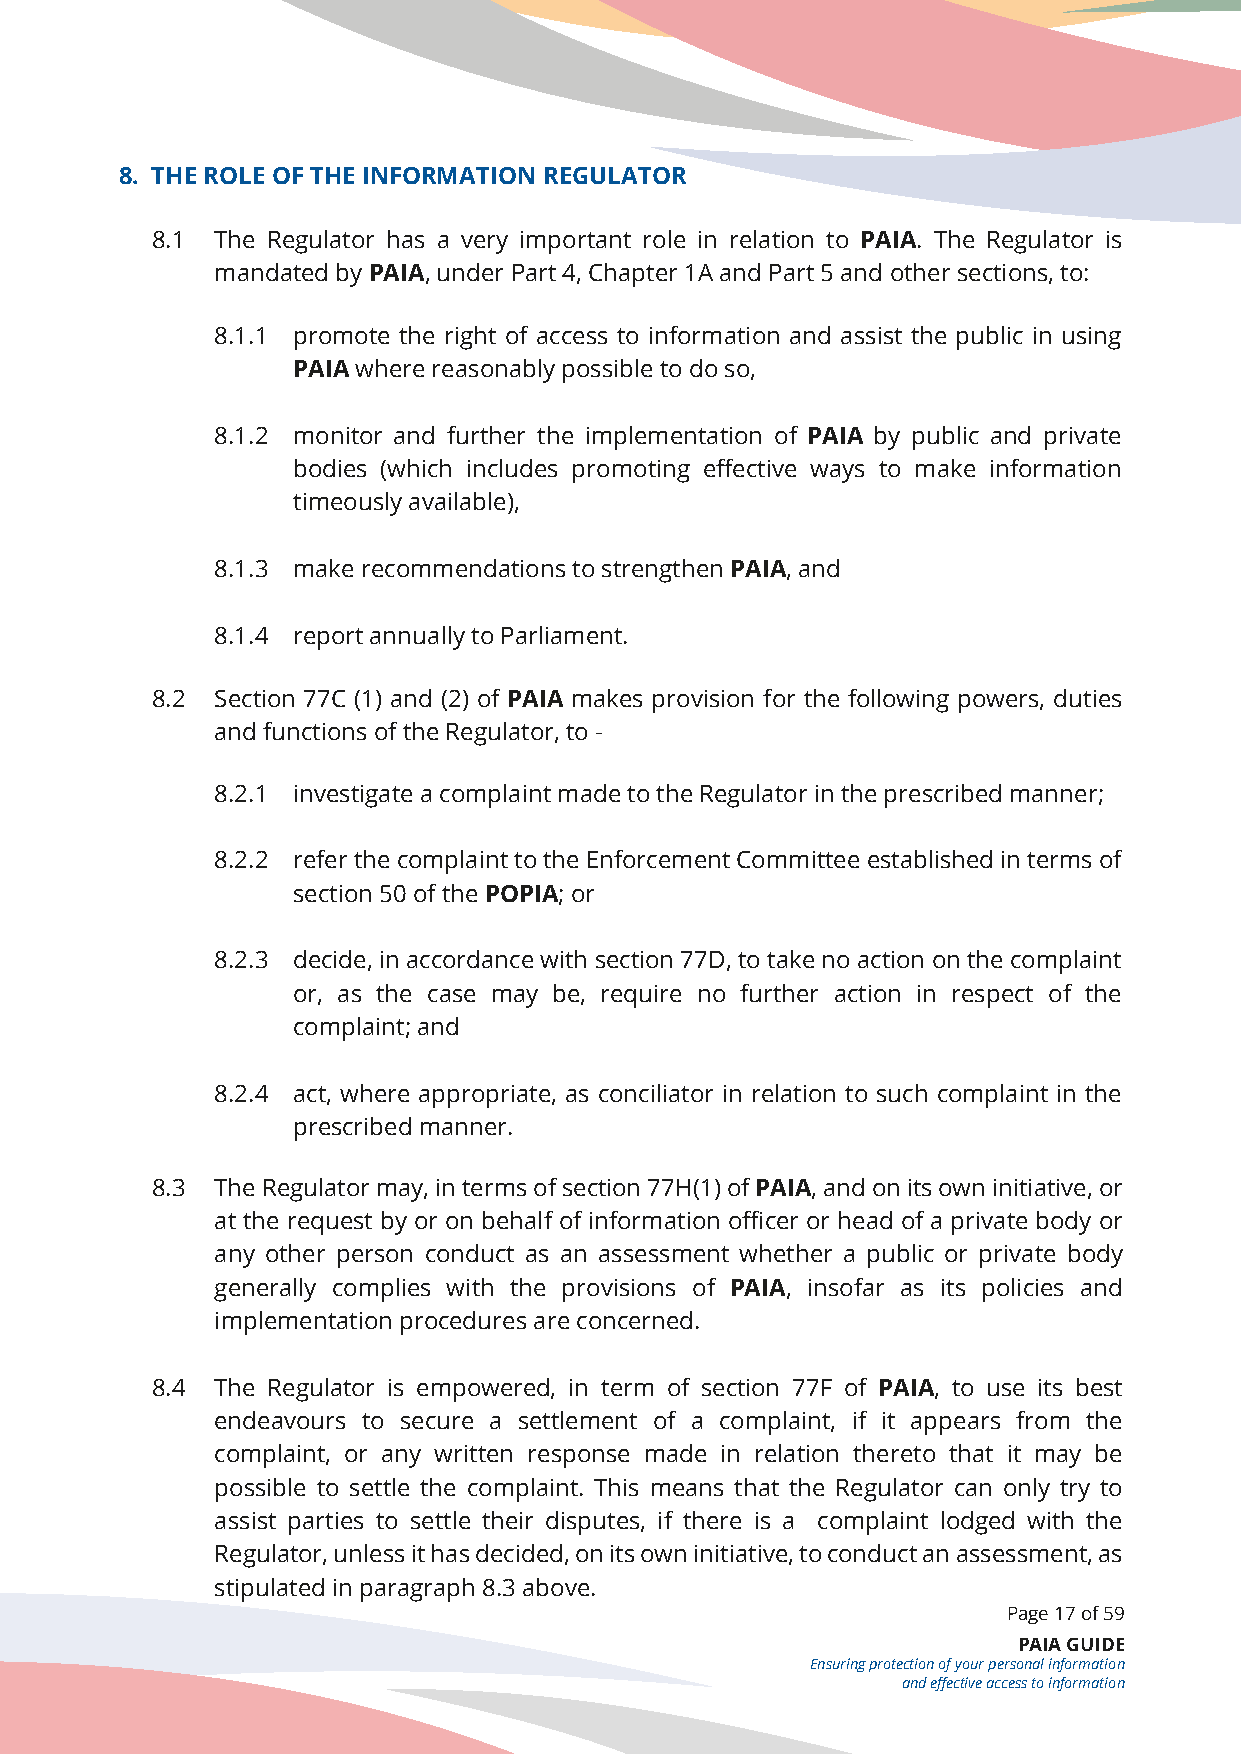
8. THE ROLE OF THE INFORMATION REGULATOR
 8.1 The Regulator has a very important role in relation to PAIA. The Regulator is
 mandated by PAIA, under Part 4, Chapter 1A and Part 5 and other sections, to:
 8.1.1 promote the right of access to information and assist the public in using
 PAIA where reasonably possible to do so,
 8.1.2 monitor and further the implementation of PAIA by public and private
 bodies (which includes promoting effective ways to make information
 timeously available),
 8.1.3 make recommendations to strengthen PAIA, and
 8.1.4 report annually to Parliament.
 8.2 Section 77C (1) and (2) of PAIA makes provision for the following powers, duties
 and functions of the Regulator, to -
 8.2.1 investigate a complaint made to the Regulator in the prescribed manner;
 8.2.2 refer the complaint to the Enforcement Committee established in terms of
 section 50 of the POPIA; or
 8.2.3 decide, in accordance with section 77D, to take no action on the complaint
 or, as the case may be, require no further action in respect of the
 complaint; and
 8.2.4 act, where appropriate, as conciliator in relation to such complaint in the
 prescribed manner.
 8.3 The Regulator may, in terms of section 77H(1) of PAIA, and on its own initiative, or
 at the request by or on behalf of information officer or head of a private body or
 any other person conduct as an assessment whether a public or private body
 generally complies with the provisions of PAIA, insofar as its policies and
 implementation procedures are concerned.
 8.4 The Regulator is empowered, in term of section 77F of PAIA, to use its best
 endeavours to secure a settlement of a complaint, if it appears from the
 complaint, or any written response made in relation thereto that it may be
 possible to settle the complaint. This means that the Regulator can only try to
 assist parties to settle their disputes, if there is a complaint lodged with the
 Regulator, unless it has decided, on its own initiative, to conduct an assessment, as
 stipulated in paragraph 8.3 above.
 Page 17 of 59
 PAIA GUIDE
 Ensuring protection of your personal information
 and effective access to information